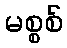
မစ္စစ်